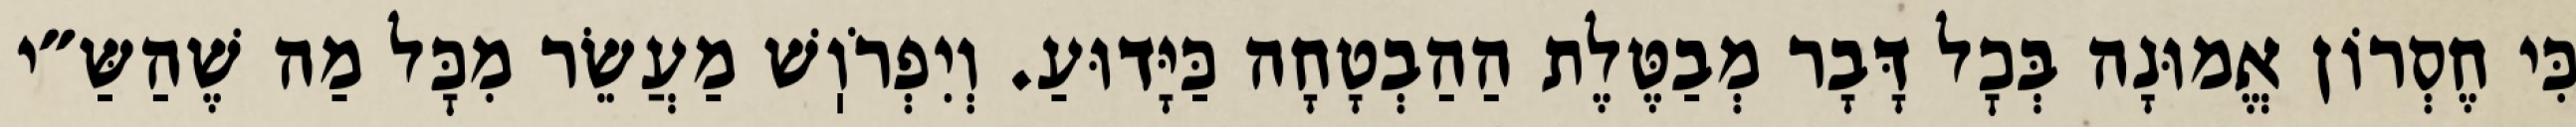
כִּי חֶסְרוֹן אֱמוּנָה בְּכׇל דָּבָר מְבַטֶּלֶת הַהַבְטָחָה כַּיָּדוּעַ. וְיִפְרֹוֽשׁ מַעֲשֵׂר מִכׇּל מַה שֶׁהַשַּ״י